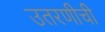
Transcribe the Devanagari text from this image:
उतरणीची